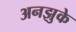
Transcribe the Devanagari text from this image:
अनझुके